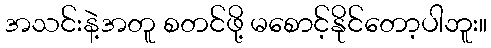
အသင်းနဲ့အတူ စတင်ဖို့ မစောင့်နိုင်တော့ပါဘူး။